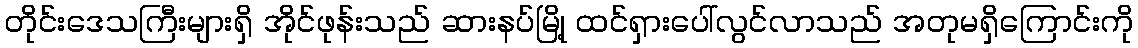
တိုင်းဒေသကြီးများရှိ အိုင်ဖုန်းသည် ဆားနပ်မြို့ ထင်ရှားပေါ်လွင်လာသည် အတုမရှိကြောင်းကို